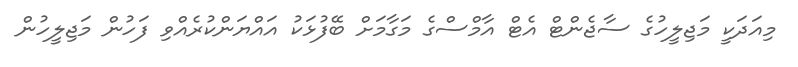
މިއަދަކީ މަޖިލީހުގެ ސާޖެންޓް އެޓް އާމްސްގެ މަގާމަށް ބޭފުޅަކު އައްޔަންކުރެއްވި ފަހުން މަޖިލީހުން